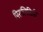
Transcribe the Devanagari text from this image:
पिरालिडिडी